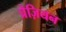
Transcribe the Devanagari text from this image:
प्रेज़ियन